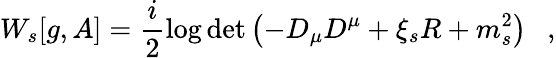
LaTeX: W_{s}[g,A]=\frac i2\log\operatorname*{det}\left(-D_{\mu}D^{\mu}+\xi_{s}R+m_{s}^{2}\right)~~~,